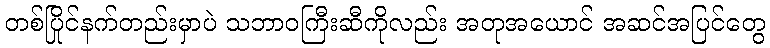
တစ်ပြိုင်နက်တည်းမှာပဲ သဘာဝကြီးဆီကိုလည်း အတုအယောင် အဆင်အပြင်တွေ